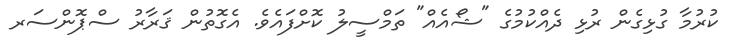
ކުރުމާ ގުޅިގެން ރުޅި ދެއްކުމުގެ "ޝޯއެއް" ތަމްސީލު ކޮށްފައެވެ. އެގޮތުން ޤަރާރު ސްޕޮންސަރ